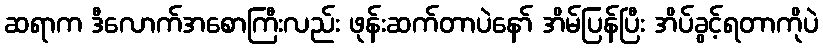
ဆရာက ဒီလောက်အစောကြီးလည်း ဖုန်းဆက်တာပဲနော် အိမ်ပြန်ပြီး အိပ်ခွင့်ရတာကိုပဲ